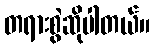
တရားစွဲဆိုပါတယ်။